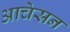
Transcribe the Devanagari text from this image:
आचेसन